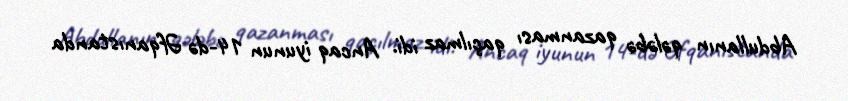
Abdullanın qələbə qazanması qaçılmaz idi. Ancaq iyunun 14-də Əfqanıstanda